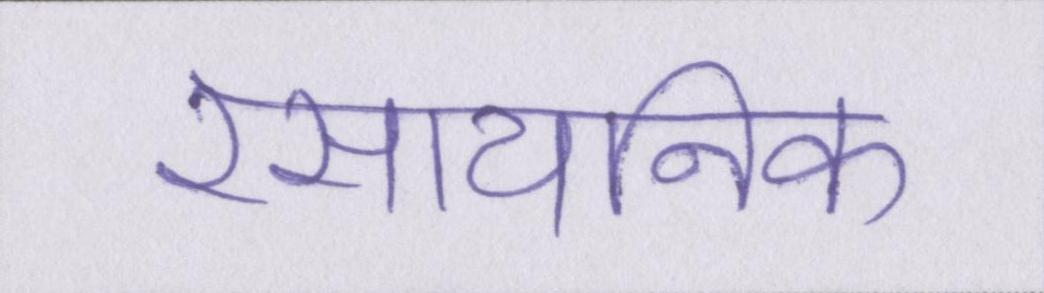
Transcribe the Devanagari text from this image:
रसायनिक